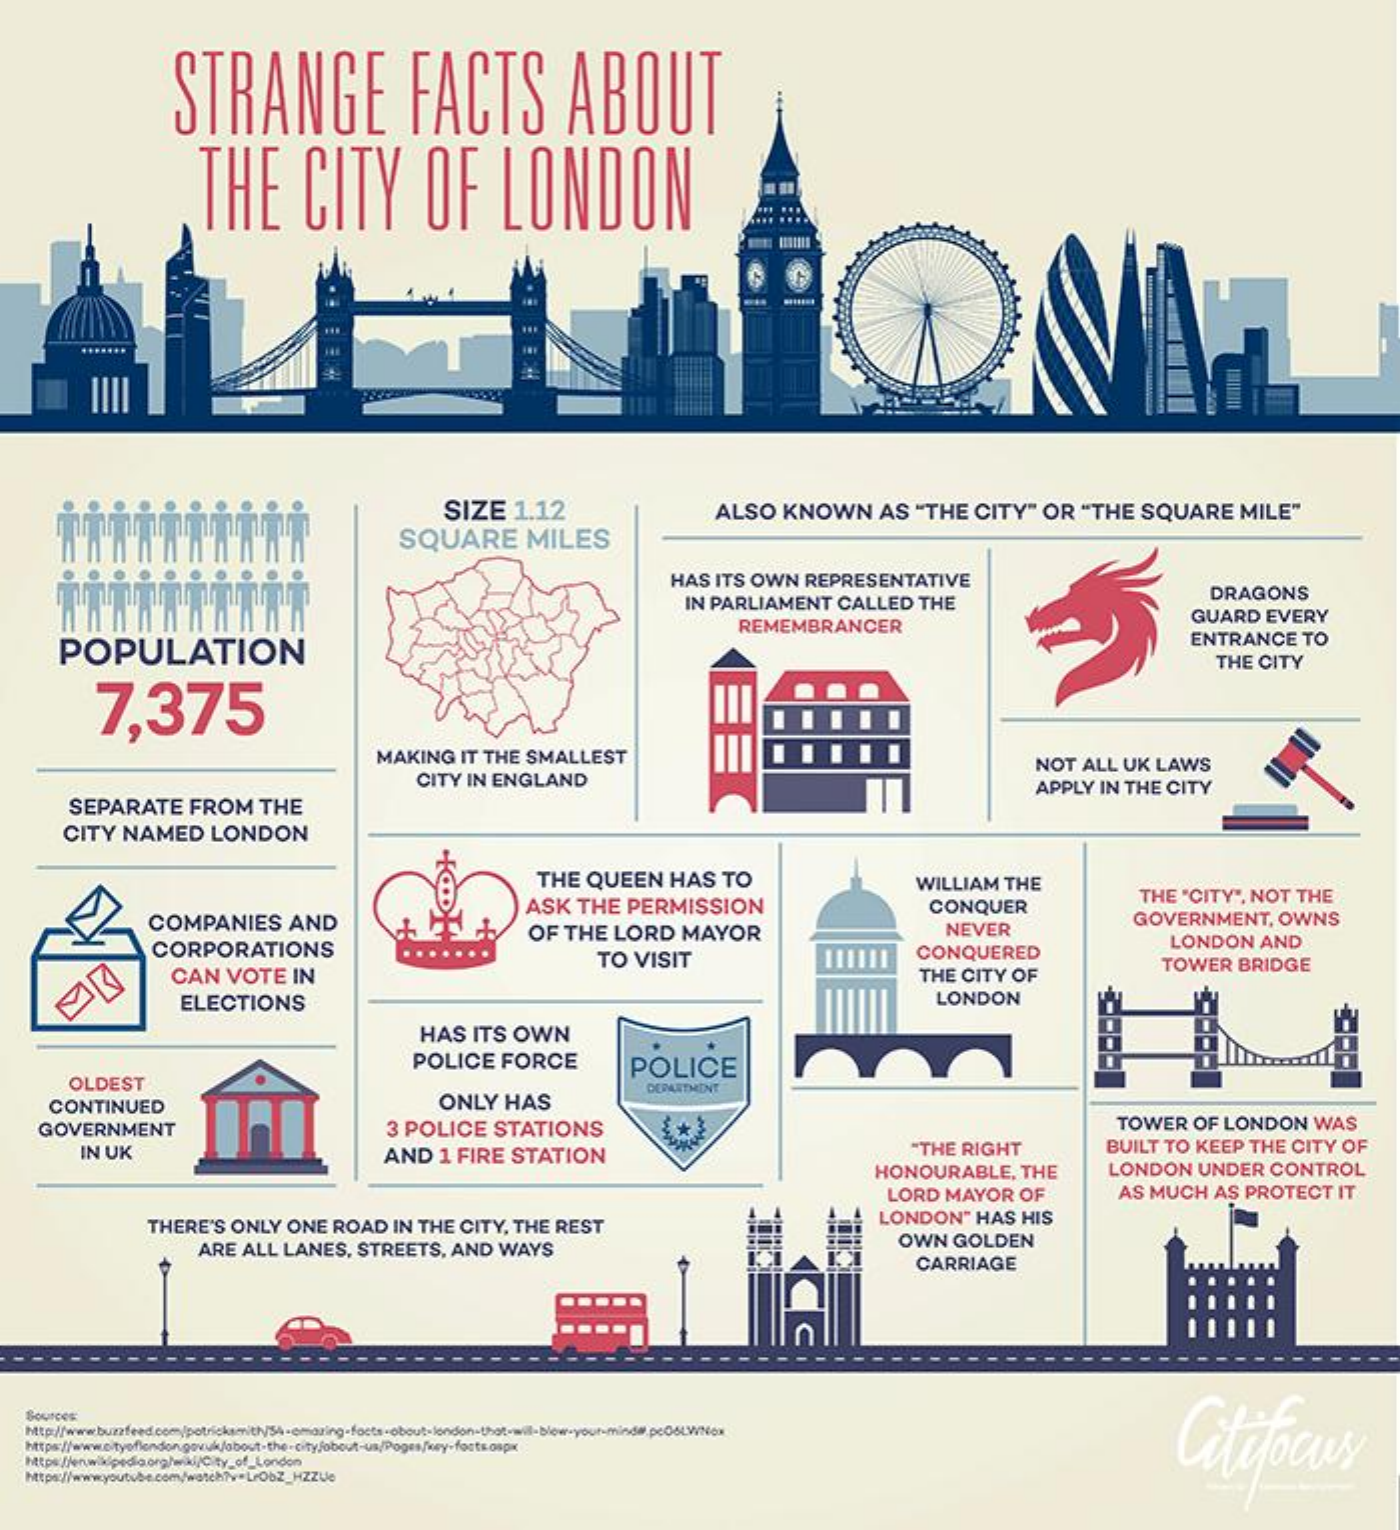
STRANGE    FACTS    ABOUT
     THE    CITY    OF    LONDON
     ... ....
     .......
     SIZE    1.12
     SQUARE    MILES
     ALSO    KNOWN    AS    "THE    CITY"    OR    "THE    SQUARE    MILE"
     HAS   ITS   OWN    REPRESENTATIVE
     IN  PARLIAMENT    CALLED    THE    DRAGONS
     REMEMBRANCER    GUARD    EVERY
     POPULATION
     ENTRANCE    TO
     THE   CITY
     7,375
     MAKING    IT  THE   SMALLEST
     CITY   IN ENGLAND
     NOT    ALL   UK   LAWS
     SEPARATE    FROM    THE
     APPLY    IN  THE   CITY
     CITY    NAMED    LONDON
     THE    QUEEN    HAS    TO
     ASK    THE    PERMISSION
     WILLIAM    THE
     CONQUER
     THE   "CITY",    NOT    THE
     COMPANIES    AND
     CORPORATIONS
     OF   THE    LORD    MAYOR    NEVER
     GOVERNMENT,    OWNS
     CAN    VOTE    IN
     TO   VISIT    CONQUERED
     LONDON    AND
     THE   CITY   OF
     TOWER    BRIDGE
     ELECTIONS    LONDON
     HAS    ITS   OWN
     POLICE    FORCE    POLICE
     OLDEST    DEPARTHINT
     CONTINUED    ONLY    HAS
     GOVERNMENT    3 POLICE    STATIONS    TOWER    OF  LONDON    WAS
     IN  UK    AND    1 FIRE    STATION    "THE    RIGHT    BUILT    TO  KEEP    THE   CITY   OF
     HONOURABLE,    THE    LONDON    UNDER    CONTROL
     LORD    MAYOR    OF    AS  MUCH    AS   PROTECT    IT
     THERE'S    ONLY    ONE    ROAD    IN   THE   CITY,   THE   REST    LONDON"    HAS    HIS
     ARE   ALL    LANES,    STREETS,    AND    WAYS    OWN    GOLDEN
     CARRIAGE
    Sources
     Citifocus
    https://www.cityoflondon.govuk/about-the-city/obout-us/Pogen/key-forts.ospx